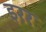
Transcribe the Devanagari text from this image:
इरर